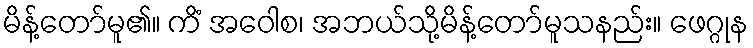
မိန့်တော်မူ၏။ ကိံ အဝေါစ၊ အဘယ်သို့မိန့်တော်မူသနည်း။ ဖေဂ္ဂုန